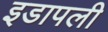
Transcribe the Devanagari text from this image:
इडापली